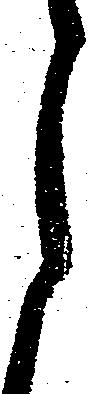
月